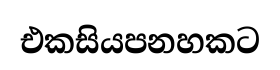
එකසියපනහකට